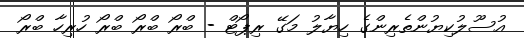
އުސޫލުކިޔުންތެރިންގެ ހިޔާލު މަގޭ ރިޕޯޓް - ބްރޯ ބްރޯ ބްރޯ ހުރިހާ ބްރޯ